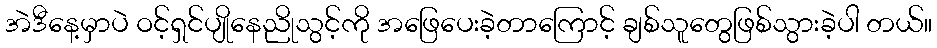
အဲဒီနေ့မှာပဲ ဝင့်ရှင်ပျိုနေညိုသွင့်ကို အဖြေပေးခဲ့တာကြောင့် ချစ်သူတွေဖြစ်သွားခဲ့ပါ တယ်။